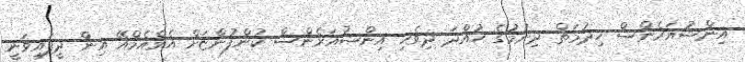
އިންޝުއަރެންސް ހިދުމަތް ދިނުމުގެ ހުއްދަ ދިވެހި އިންޝުއަރެންސް ކުންފުންޏަށް އެމްއެމްއޭ އިން ދީފައިވަނީ